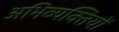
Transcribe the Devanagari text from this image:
अभिव्यक्‍तियों